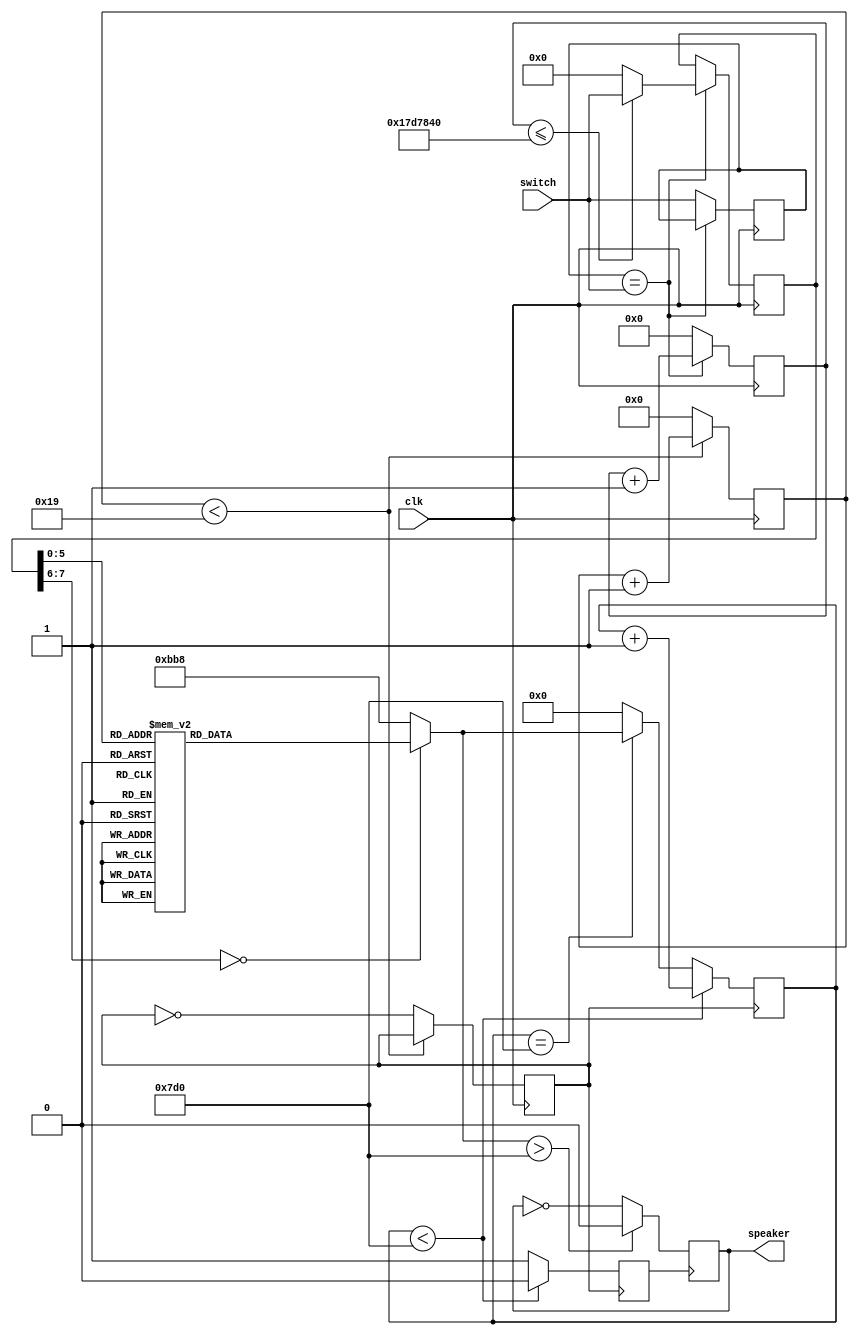
/*do,rai,mi,fa,so,la,xi
0,1Pmod_Amp0.2s
0.2s*/
module make_melody(
    input clk,
	 input [7:0]switch,
	 output reg speaker
    );
  reg [5:0]count1;
  reg [30:0] count2;
  reg clk_1mhz;
  reg [12:0] origin;
  reg carry;
  reg [12:0]divider;
  reg [7:0] switch_200ms;
  reg [7:0] switch_old;
  
	initial begin
		count1<=0;
		carry<=0;
		clk_1mhz<=0;
		origin<=0;
		carry<=0;
		divider<=0;
	end	
   
	always@(posedge clk)
	    begin
		    if(switch_old==switch)
			    begin
				    if(count2<=25000000)
					    begin
							 count2<=count2+1;
							 switch_200ms<=switch;
						 end
                else
                   begin
                      switch_200ms<=0;
							 count2<=count2+1;
						 end
             end	
          else
             begin
                switch_old<=switch;
                count2<=0;
             end
      end			
	
	
	always@(posedge clk)//1
	  begin
		  if(count1<25)
			  begin
				  count1<=count1+1;
			  end
		  else
			  begin
				  count1<=0;
				  clk_1mhz<=~clk_1mhz;
			  end
	  end
	  
  
	 
   always@(posedge clk_1mhz)//1Mhz 1us
         begin
            if(divider<2000)
               begin
                  divider<=divider+1;
                  carry<=0;
               end
            else if(divider==2000)
               begin
                  carry<=1;
                  divider<=origin;
               end
				else	
				   begin  
					  carry<=1;
					  divider<=0;
					end  
         end
   
   always@(posedge carry) // 
      begin
		      if(origin>2000)
				   speaker<=0;
				else
               speaker<=~speaker;//2
      end
		
		
   always@(*)
      begin
         case(switch_200ms)//duoraimifasolaxi
			  8'b00010101:origin=92;    //Qdo
			  8'b00011101:origin=300;   //Wrai
			  8'b00100100:origin=485;   //Emi
			  8'b00101101:origin=567;   //Rfa
           8'b00101100:origin=724;   //Tso
           8'b00110101:origin=864;   //Yla
           8'b00111100:origin=988;   //Uxi			  
           8'b00011100:origin=1044;   //Ado
           8'b00011011:origin=1150;   //Srai
           8'b00100011:origin=1240;  //Dmi
           8'b00101011:origin=1284;  //Ffa
			  8'b00110100:origin=1362;  //Gso
			  8'b00110011:origin=1432;  //Hla
			  8'b00111011:origin=1494;  //Jxi
			  8'b00011010:origin=1522;  //Zdo
			  8'b00100010:origin=1574;  //Xrai
			  8'b00100001:origin=1621;  //Cmi
			  8'b00101010:origin=1640;  //Vfa 
			  8'b00110010:origin=1681;  //Bso
			  8'b00110001:origin=1716;  //Nla
			  8'b00111010:origin=1746;  //Mxi
			  default:origin=3000;//
         endcase
      end
	 
endmodule